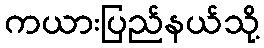
ကယားပြည်နယ်သို့